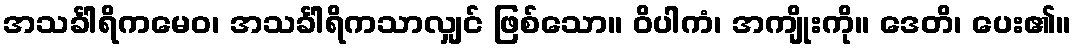
အသင်္ခါရိကမေဝ၊ အသင်္ခါရိကသာလျှင် ဖြစ်သော။ ဝိပါကံ၊ အကျိုးကို။ ဒေတိ၊ ပေး၏။